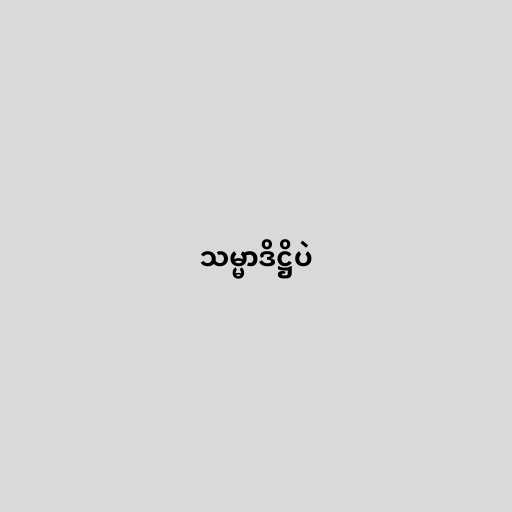
သမ္မာဒိဋ္ဌိပဲ